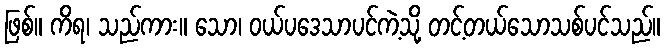
ဖြစ်။ ကိရ၊ သည်ကား။ သော၊ ဝယ်ပဒေသာပင်ကဲ့သို့ တင့်တယ်သောသစ်ပင်သည်။